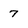
Character: 7